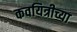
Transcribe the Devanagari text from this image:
कवयित्रीच्या